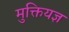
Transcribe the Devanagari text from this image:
मुक्तियज्ञ